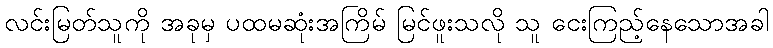
လင်းမြတ်သူကို အခုမှ ပထမဆုံးအကြိမ် မြင်ဖူးသလို သူ ငေးကြည့်နေသောအခါ